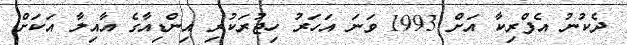
ދެކުނު އެފްރިކާ އަށް 1993 ވަނަ އަހަރު ހިޖުރަކުރި އިންޑިއާގެ އާއިލާ އަކަށް